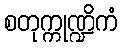
စတုက္ကုဏ္ဍိကံ